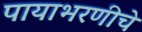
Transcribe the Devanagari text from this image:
पायाभरणीचे